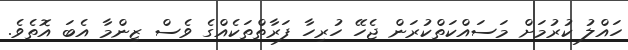
ހައްލު ކުރުމަށް މަސައްކަތްކުރަން ޖެހޭ ހުރިހާ ފަރާތްތަކެއްގެ ވެސް ޒިންމާ އެބަ އޮތެވެ.